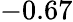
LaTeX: -0.67